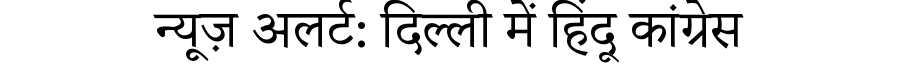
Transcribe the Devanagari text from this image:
न्यूज़ अलर्ट: दिल्ली में हिंदू कांग्रेस